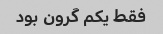
فقط یکم گرون بود